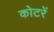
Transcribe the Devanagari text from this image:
कोटरें